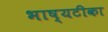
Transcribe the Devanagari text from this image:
भाष्यटीका